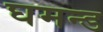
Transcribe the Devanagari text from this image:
घमन्ड